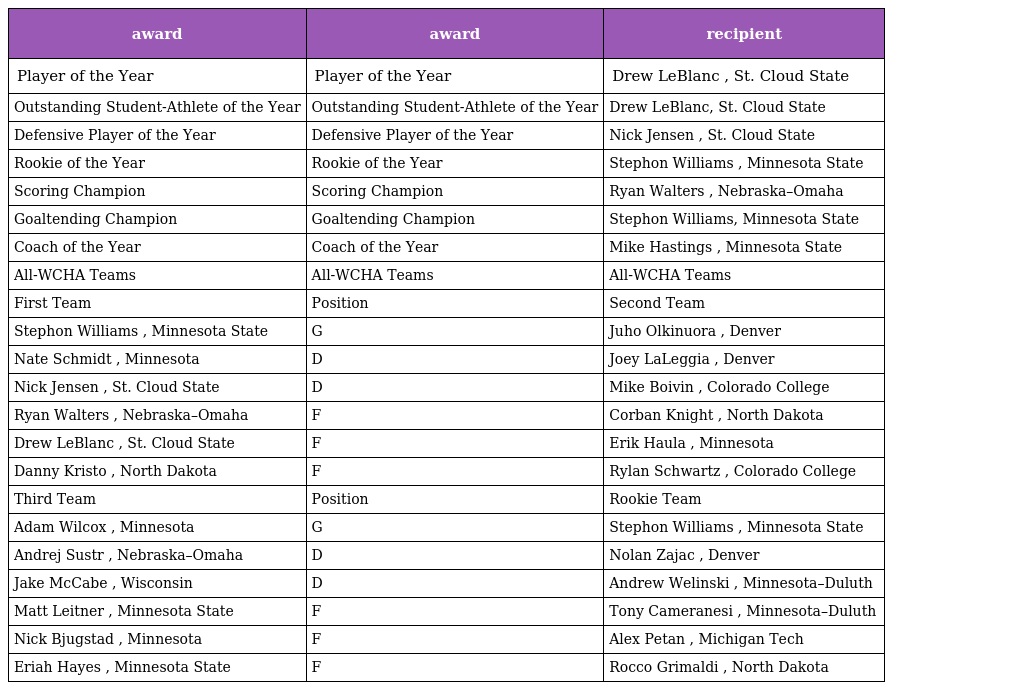
| award | award | recipient |
 | --- | --- | --- |
 | Player of the Year | Player of the Year | Drew LeBlanc , St. Cloud State |
 | Outstanding Student-Athlete of the Year | Outstanding Student-Athlete of the Year | Drew LeBlanc, St. Cloud State |
 | Defensive Player of the Year | Defensive Player of the Year | Nick Jensen , St. Cloud State |
 | Rookie of the Year | Rookie of the Year | Stephon Williams , Minnesota State |
 | Scoring Champion | Scoring Champion | Ryan Walters , Nebraska–Omaha |
 | Goaltending Champion | Goaltending Champion | Stephon Williams, Minnesota State |
 | Coach of the Year | Coach of the Year | Mike Hastings , Minnesota State |
 | All-WCHA Teams | All-WCHA Teams | All-WCHA Teams |
 | First Team | Position | Second Team |
 | Stephon Williams , Minnesota State | G | Juho Olkinuora , Denver |
 | Nate Schmidt , Minnesota | D | Joey LaLeggia , Denver |
 | Nick Jensen , St. Cloud State | D | Mike Boivin , Colorado College |
 | Ryan Walters , Nebraska–Omaha | F | Corban Knight , North Dakota |
 | Drew LeBlanc , St. Cloud State | F | Erik Haula , Minnesota |
 | Danny Kristo , North Dakota | F | Rylan Schwartz , Colorado College |
 | Third Team | Position | Rookie Team |
 | Adam Wilcox , Minnesota | G | Stephon Williams , Minnesota State |
 | Andrej Sustr , Nebraska–Omaha | D | Nolan Zajac , Denver |
 | Jake McCabe , Wisconsin | D | Andrew Welinski , Minnesota–Duluth |
 | Matt Leitner , Minnesota State | F | Tony Cameranesi , Minnesota–Duluth |
 | Nick Bjugstad , Minnesota | F | Alex Petan , Michigan Tech |
 | Eriah Hayes , Minnesota State | F | Rocco Grimaldi , North Dakota |